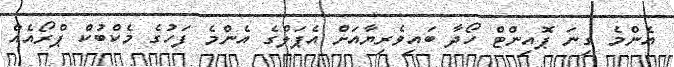
އެންމެ ގިނަ ޕޮއިންޓް ހޯދާ ބައިވެރިޔާއަށް އެޕަލްގެ އެންމެ ފަހުގެ މެކްބުކް ޕްރޯއެއް